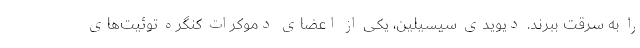
را به سرقت ببرند. دیویدی سیسیلین، یکی از اعضای دموکرات کنگره توئیت‌های